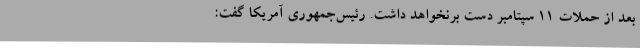
بعد از حملات ۱۱ سپتامبر دست برنخواهد داشت. رئیس‌جمهوری آمریکا گفت: